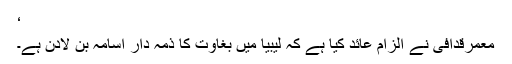
‘
معمرقدافی نے الزام عائد کیا ہے کہ لیبیا میں بغاوت کا ذمہ دار اسامہ بن لادن ہے۔